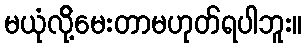
မယုံလို့်မေးတာမဟုတ်ရပါဘူး။